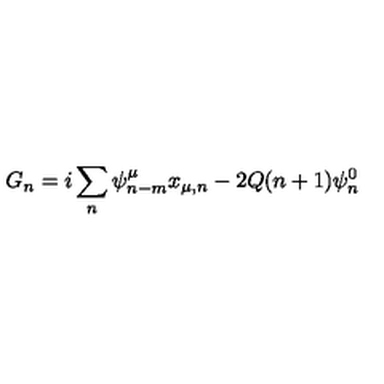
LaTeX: G _ { n } = i \sum _ { n } \psi _ { n - m } ^ { \mu } x _ { \mu , n } - 2 Q ( n + 1 ) \psi _ { n } ^ { 0 }